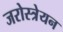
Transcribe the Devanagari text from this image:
जरोस्त्रेयन